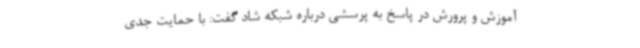
آموزش و پرورش در پاسخ به پرسشی درباره شبکه شاد گفت: با حمایت جدی